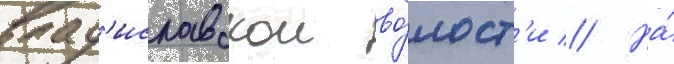
влад'иславскои во́лост'и // На́